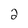
Character: 2